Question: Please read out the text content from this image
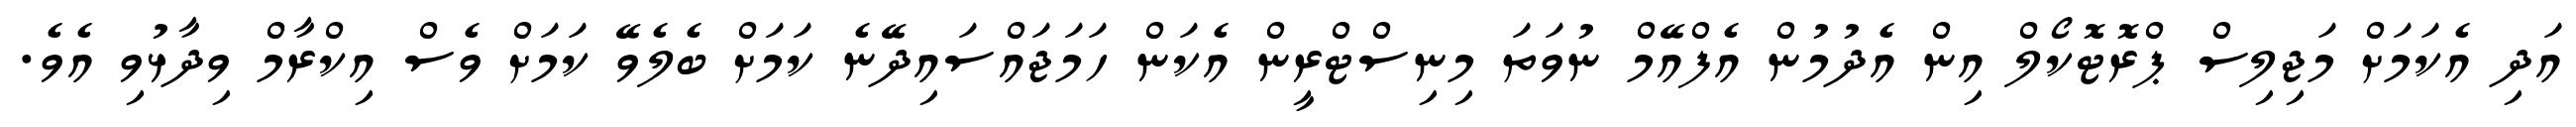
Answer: އަދި އެކަމަށް މަޖިލިސް ޕްރޮޓޮކޯލް އިން އެދުމުން އެފްއޭމް ނުވަތަ މިނިސްޓްރީން އެކަން ހަމަޖައްސައިދޭނެ ކަމަށް ބެލެވޭ ކަމަށް ވެސް އިކްރާމް ވިދާޅުވި އެވެ.